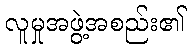
လူမှုအဖွဲ့အစည်း၏